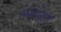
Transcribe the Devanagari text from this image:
समेकित